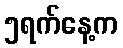
၅ရက်နေ့က